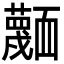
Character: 𮓅